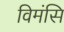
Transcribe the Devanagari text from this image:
विमंसि